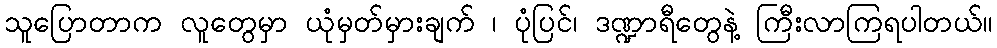
သူပြောတာက လူတွေမှာ ယုံမှတ်မှားချက် ၊ ပုံပြင်၊ ဒဏ္ဍာရီတွေနဲ့ ကြီးလာကြရပါတယ်။